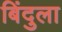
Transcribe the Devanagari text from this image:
बिंदुला